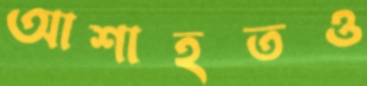
আশাহতও